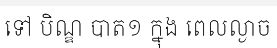
ទៅ បិណ្ឌ បាត១ ក្នុង ពេលល្ងាច